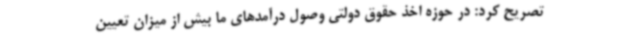
تصریح کرد: در حوزه اخذ حقوق دولتی وصول درآمدهای ما بیش از میزان تعیین